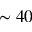
\sim 4 0